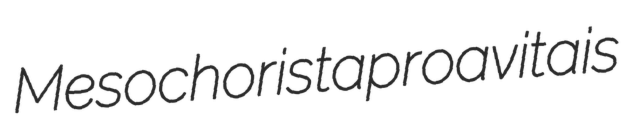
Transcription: Mesochorista proavita is